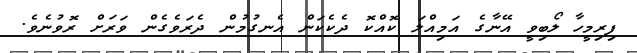
ފިރިމީހާ ލޯބިވީ އޭނާގެ އަމިއްލަ ކޮއްކޮ ދެކެކަން އެނގުމުން ދެރަވެގެން ވަރަށް ރޮވުނެވެ.